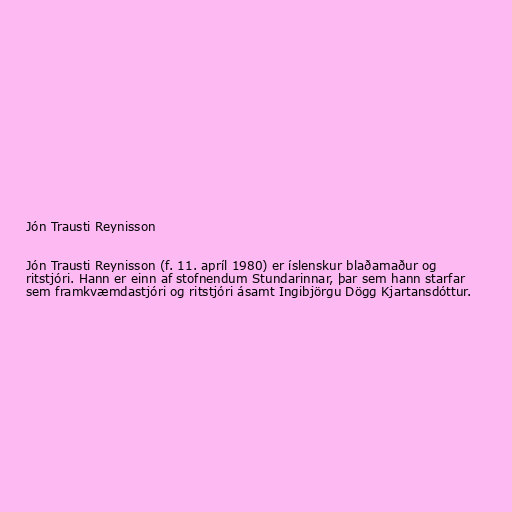
Jón Trausti Reynisson

Jón Trausti Reynisson (f. 11. apríl 1980) er íslenskur blaðamaður og
ritstjóri. Hann er einn af stofnendum Stundarinnar, þar sem hann starfar
sem framkvæmdastjóri og ritstjóri ásamt Ingibjörgu Dögg Kjartansdóttur.